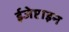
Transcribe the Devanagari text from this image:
ईजेप्टाइन